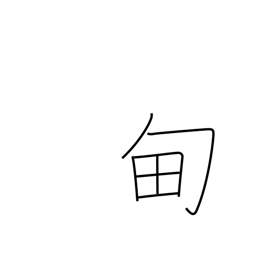
Meaning: region around the imperial capital